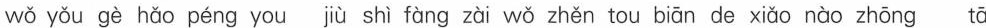
wǒ yǒu gè hǎo péng you jiù shì fàng zài wǒ zhěn tou biān de xiǎo nào zhōng tā